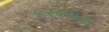
કરસાણા